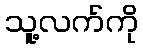
သူ့လက်ကို